画像に写った文字を読んでください
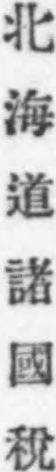
「北海道諸國稅」と書いてあります